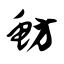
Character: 鲂